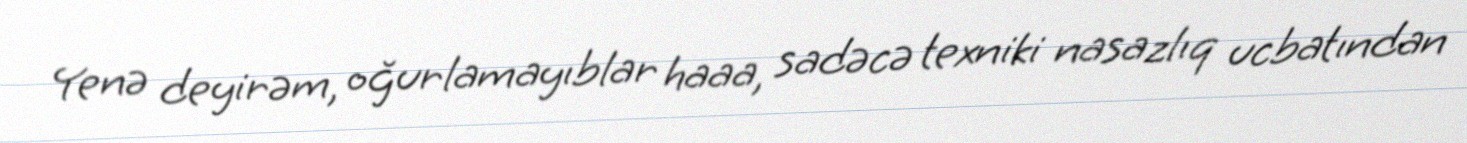
Yenə deyirəm, oğurlamayıblar haaa, sadəcə texniki nasazlıq ucbatından